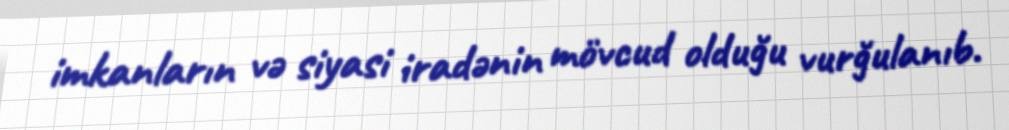
imkanların və siyasi iradənin mövcud olduğu vurğulanıb.